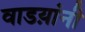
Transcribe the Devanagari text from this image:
वाडय़ांनी